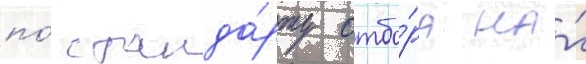
по́ станда́рту отбо́ра на́